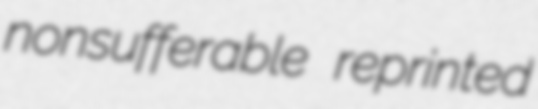
nonsufferable reprinted